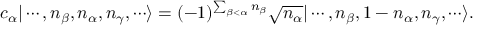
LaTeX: c _ { \alpha } | \cdots , n _ { \beta } , n _ { \alpha } , n _ { \gamma } , \cdots \rangle = ( - 1 ) ^ { \sum _ { \beta < \alpha } n _ { \beta } } { \sqrt { n _ { \alpha } } } | \cdots , n _ { \beta } , 1 - n _ { \alpha } , n _ { \gamma } , \cdots \rangle .